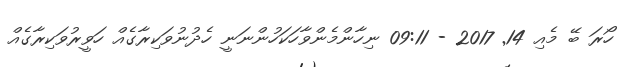
ހޯރަ ބޭ މެއި 14